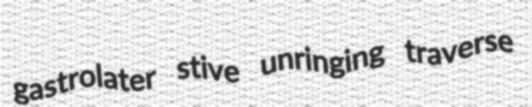
gastrolater stive unringing traverse